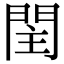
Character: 𨳳